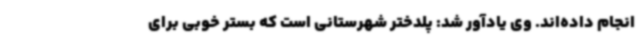
انجام داده‌اند. وی یادآور شد: پلدختر شهرستانی است که بستر خوبی برای